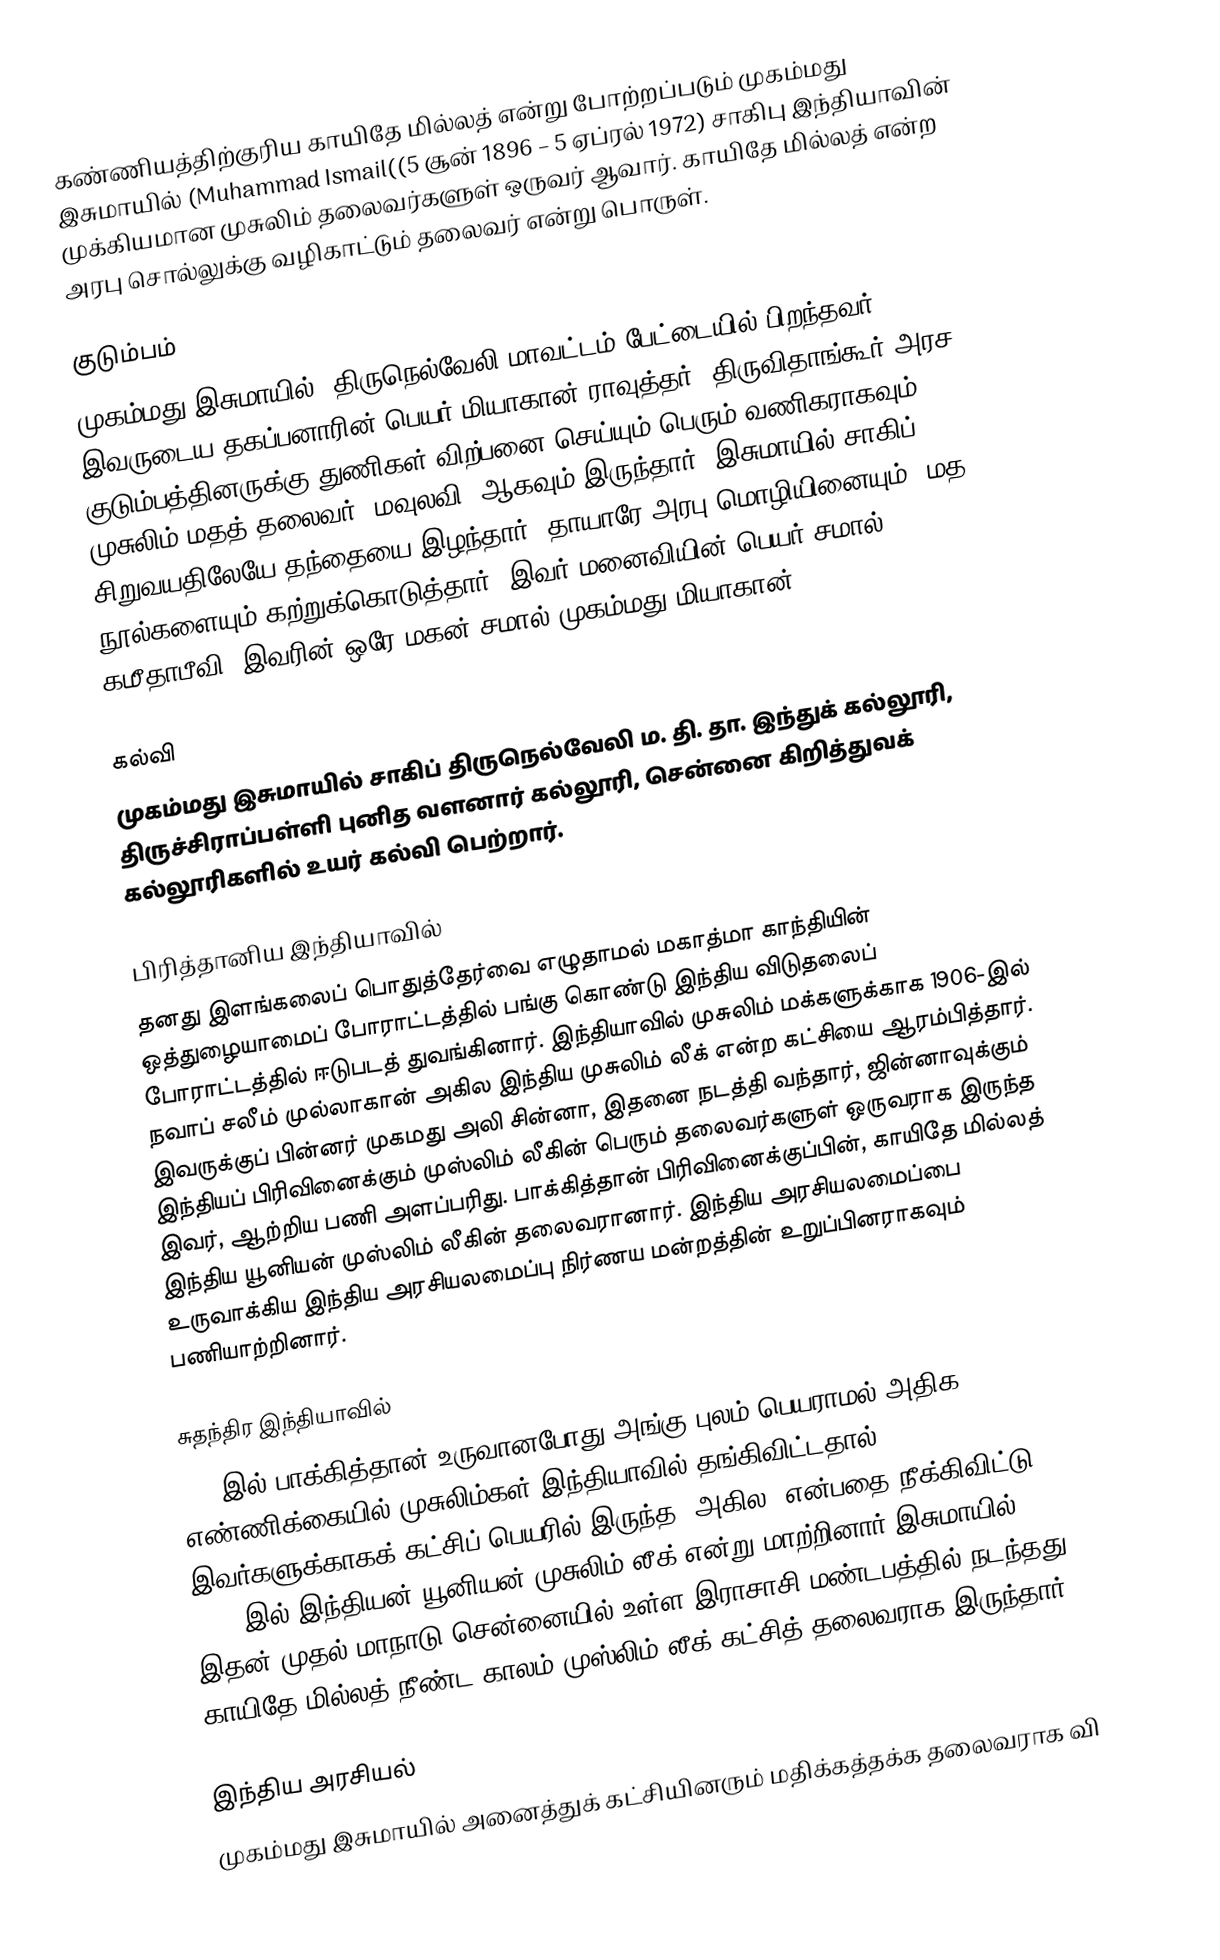
கண்ணியத்திற்குரிய காயிதே மில்லத் என்று போற்றப்படும் முகம்மது இசுமாயில் (Muhammad Ismail((5 சூன் 1896 – 5 ஏப்ரல் 1972) சாகிபு இந்தியாவின் முக்கியமான முசுலிம் தலைவர்களுள் ஒருவர் ஆவார். காயிதே மில்லத் என்ற அரபு சொல்லுக்கு வழிகாட்டும் தலைவர் என்று பொருள்.

குடும்பம்
முகம்மது இசுமாயில், திருநெல்வேலி மாவட்டம் பேட்டையில் பிறந்தவர். இவருடைய தகப்பனாரின் பெயர் மியாகான் ராவுத்தர். திருவிதாங்கூர் அரச குடும்பத்தினருக்கு துணிகள் விற்பனை செய்யும் பெரும் வணிகராகவும், முசுலிம் மதத் தலைவர் (மவுலவி) ஆகவும் இருந்தார். இசுமாயில் சாகிப் சிறுவயதிலேயே தந்தையை இழந்தார். தாயாரே அரபு மொழியினையும், மத நூல்களையும் கற்றுக்கொடுத்தார். இவர் மனைவியின் பெயர் சமால் கமீதாபீவி. இவரின் ஒரே மகன் சமால் முகம்மது மியாகான்.

கல்வி
முகம்மது இசுமாயில் சாகிப் திருநெல்வேலி ம. தி. தா. இந்துக் கல்லூரி, திருச்சிராப்பள்ளி புனித வளனார் கல்லூரி, சென்னை கிறித்துவக் கல்லூரிகளில் உயர் கல்வி பெற்றார்.

பிரித்தானிய இந்தியாவில்
தனது இளங்கலைப் பொதுத்தேர்வை எழுதாமல் மகாத்மா காந்தியின் ஒத்துழையாமைப் போராட்டத்தில் பங்கு கொண்டு இந்திய விடுதலைப் போராட்டத்தில் ஈடுபடத் துவங்கினார். இந்தியாவில் முசுலிம் மக்களுக்காக 1906-இல் நவாப் சலீம் முல்லாகான் அகில இந்திய முசுலிம் லீக் என்ற கட்சியை ஆரம்பித்தார். இவருக்குப் பின்னர் முகமது அலி சின்னா, இதனை நடத்தி வந்தார், ஜின்னாவுக்கும் இந்தியப் பிரிவினைக்கும் முஸ்லிம் லீகின் பெரும் தலைவர்களுள் ஒருவராக இருந்த இவர், ஆற்றிய பணி அளப்பரிது. பாக்கித்தான் பிரிவினைக்குப்பின், காயிதே மில்லத் இந்திய யூனியன் முஸ்லிம் லீகின் தலைவரானார். இந்திய அரசியலமைப்பை உருவாக்கிய இந்திய அரசியலமைப்பு நிர்ணய மன்றத்தின் உறுப்பினராகவும் பணியாற்றினார்.

சுதந்திர இந்தியாவில்
1947இல் பாக்கித்தான் உருவானபோது அங்கு புலம் பெயராமல் அதிக எண்ணிக்கையில் முசுலிம்கள் இந்தியாவில் தங்கிவிட்டதால், இவர்களுக்காகக் கட்சிப் பெயரில் இருந்த "அகில" என்பதை நீக்கிவிட்டு 1949-இல் இந்தியன் யூனியன் முசுலிம் லீக் என்று மாற்றினார் இசுமாயில். இதன் முதல் மாநாடு சென்னையில் உள்ள இராசாசி மண்டபத்தில் நடந்தது. காயிதே மில்லத் நீண்ட காலம் முஸ்லிம் லீக் கட்சித் தலைவராக இருந்தார்.

இந்திய அரசியல்
முகம்மது இசுமாயில் அனைத்துக் கட்சியினரும் மதிக்கத்தக்க தலைவராக வி